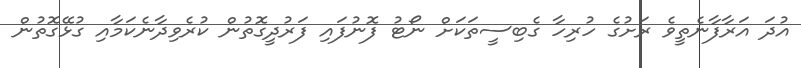
އުދަ އަރާފާނެތީވެ ރަށުގެ ހުރިހާ ގެބިސީތަކަށް ނޯޓު ފޮނުފައި ފަރުދީގޮތުން ކުރެވިދާނެކަމާއި ގުޅޭގޮތުން